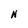
Character: N